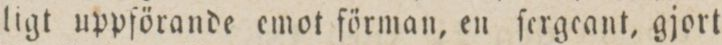
ligt uppförande emot förman, en ſergeant, gjort